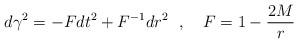
LaTeX: \begin{align*}d\gamma^2=-Fdt^2+F^{-1}dr^2~~,~~~F=1-{2M \over r}~~~\end{align*}